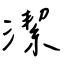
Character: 潔